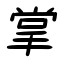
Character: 掌